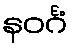
နဝင်္ဂံ